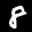
Label: 8